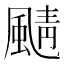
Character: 𩗼